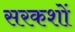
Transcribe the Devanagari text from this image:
सरकशों